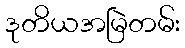
ဒုတိယအမြဲတမ်း